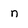
Character: n